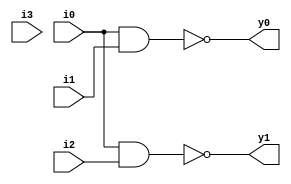
module enc4by2(
input i0,i1,i2,i3,
output y0,y1);

nand(y0,i0,i1);
nand(y1,i0,i2);
endmodule